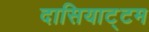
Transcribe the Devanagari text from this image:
दासियाट्टम